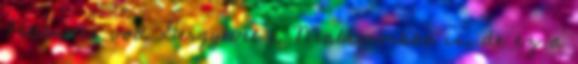
Félelmetes volt Gergyével a Maldororban is, de ez a